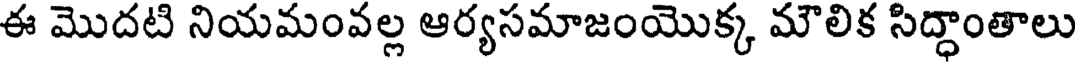
ఈ మొదటి నియమంవల్ల ఆర్యసమాజంయొక్క మౌలిక సిద్ధాంతాలు